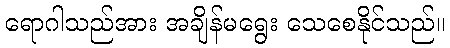
ရောဂါသည်အား အချိန်မရွေး သေစေနိုင်သည်။